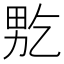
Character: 𤱘